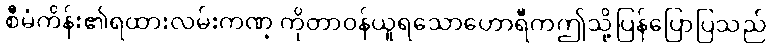
စီမံကိန်း၏ရထားလမ်းကဏ္ ကိုတာဝန်ယူရသောဟောရီကဤသို့ပြန်ပြောပြသည်